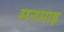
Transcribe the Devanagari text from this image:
मनमाड़